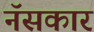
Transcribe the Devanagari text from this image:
नॅसकार